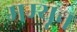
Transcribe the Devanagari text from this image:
मम्यून